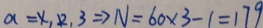
a = x , 2 , 3 \Rightarrow N = 6 0 \times 3 - 1 = 1 7 9